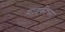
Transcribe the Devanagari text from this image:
गावकीच्या